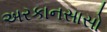
અરકાનસાસો